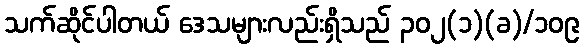
သက်ဆိုင်ပါတယ် ဒေသများလည်းရှိသည် ၃၀၂(၁)(ခ)/၁၀၉